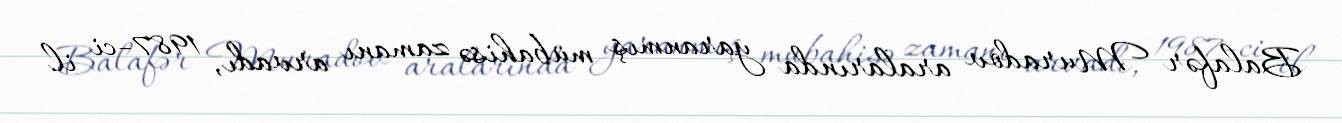
Balafər Muradov aralarında yaranmış mübahisə zamanı arvadı, 1987-ci il